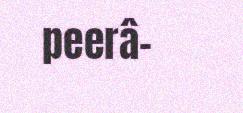
peerâ-